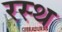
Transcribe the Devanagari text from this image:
रस्थ